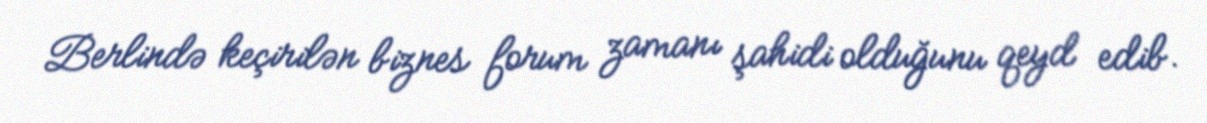
Berlində keçirilən biznes forum zamanı şahidi olduğunu qeyd edib.